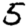
Digit: 5